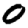
Digit: 0